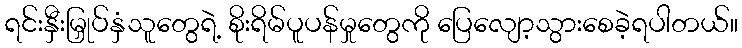
ရင်းနှီးမြှုပ်နှံသူတွေရဲ့ စိုးရိမ်ပူပန်မှုတွေကို ပြေလျော့သွားစေခဲ့ရပါတယ်။